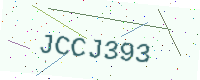
Text: JCCJ393